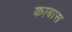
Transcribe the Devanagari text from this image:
काबास